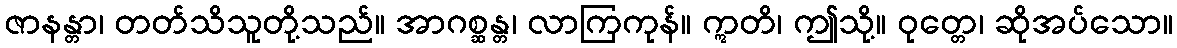
ဇာနန္တာ၊ တတ်သိသူတို့သည်။ အာဂစ္ဆန္တ၊ လာကြကုန်။ ဣတိ၊ ဤသို့။ ဝုတ္တေ၊ ဆိုအပ်သော။